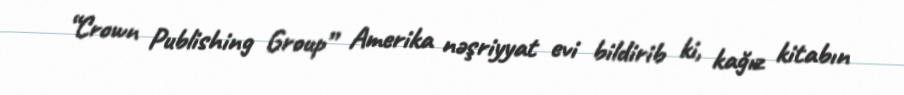
“Crown Publishing Group” Amerika nəşriyyat evi bildirib ki, kağız kitabın